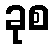
ခုစ